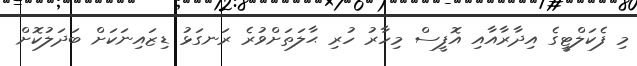
މި ފެކަލްޓީގެ އިދާރާއާއި އޮފީސް މިހާރު ހުރި ޙާލަތަށްވުރެ ރަނގަޅު ޑިޒައިނަކަށް ބަދަލުކޮށް